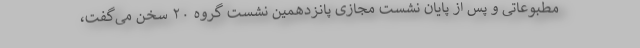
مطبوعاتی و پس از پایان نشست مجازی پانزدهمین نشست گروه ۲۰ سخن می‌گفت،